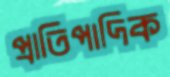
প্রাতিপাদিক